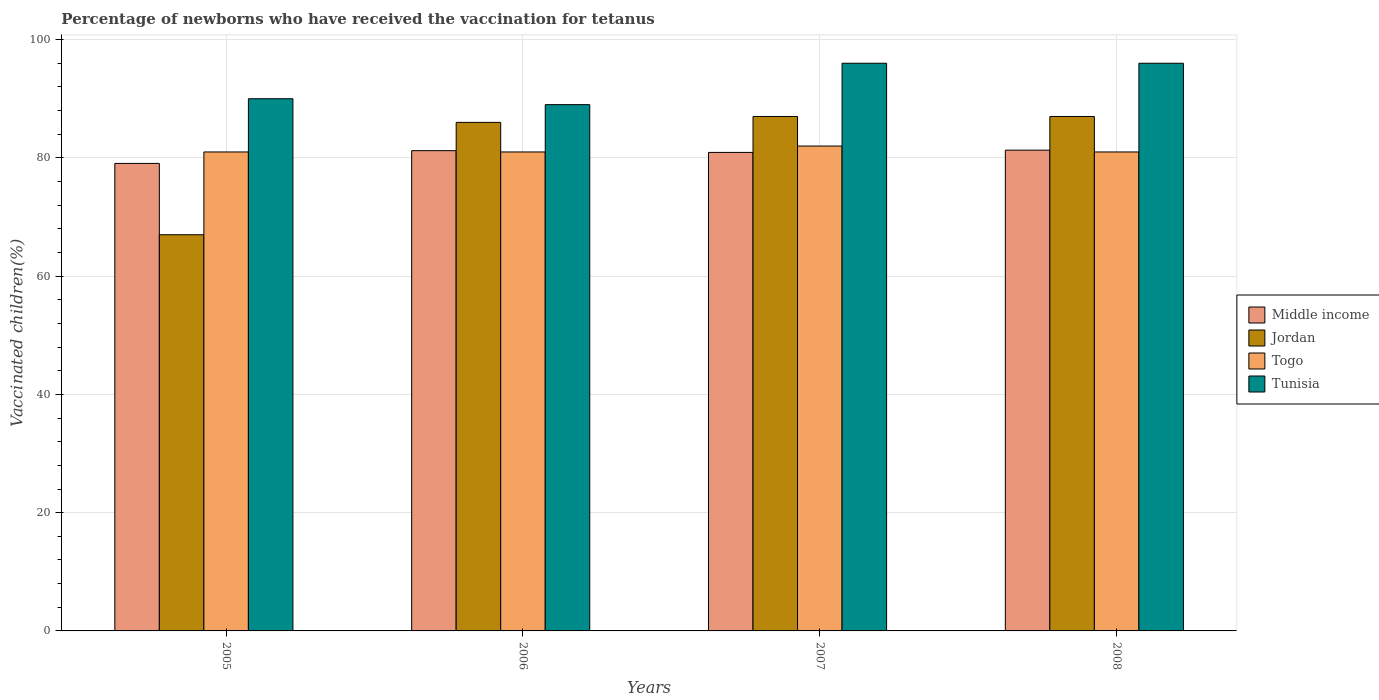
| Years | Middle income | Jordan | Togo | Tunisia |
 | --- | --- | --- | --- | --- |
 | 2005 | 79.1 | 67 | 81 | 90 |
 | 2006 | 81.2 | 86 | 81 | 89 |
 | 2007 | 80.9 | 87 | 82 | 96 |
 | 2008 | 81.3 | 87 | 81 | 96 |